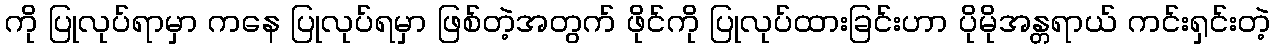
ကို ပြုလုပ်ရာမှာ ကနေ ပြုလုပ်ရမှာ ဖြစ်တဲ့အတွက် ဖိုင်ကို ပြုလုပ်ထားခြင်းဟာ ပိုမိုအန္တရာယ် ကင်းရှင်းတဲ့